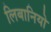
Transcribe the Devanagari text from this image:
लिबानियो